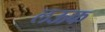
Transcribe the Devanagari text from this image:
लऊक